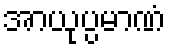
အာယုပ္ပမာဏံ